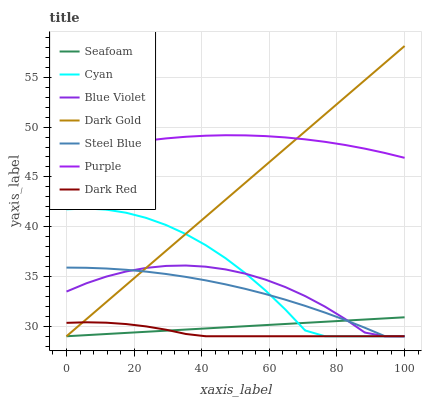
| xaxis_label | Seafoam | Cyan | Blue Violet | Dark Gold | Steel Blue | Purple | Dark Red |
 | --- | --- | --- | --- | --- | --- | --- | --- |
 | 0 | 29 | 41.7 | 33.5 | 29 | 35.9 | 47.1 | 30.3 |
 | 5.88 | 29.1 | 41.8 | 34.3 | 30.7 | 35.9 | 47.6 | 30.4 |
 | 11.8 | 29.2 | 41.7 | 35 | 32.4 | 35.8 | 48 | 30.4 |
 | 17.6 | 29.3 | 41.4 | 35.5 | 34.1 | 35.7 | 48.4 | 30.2 |
 | 23.5 | 29.4 | 40.9 | 35.9 | 35.9 | 35.5 | 48.6 | 30 |
 | 29.4 | 29.6 | 40.2 | 36.1 | 37.6 | 35.3 | 48.9 | 29.7 |
 | 35.3 | 29.7 | 39.3 | 36.1 | 39.3 | 35 | 49 | 29.2 |
 | 41.2 | 29.8 | 38.1 | 36 | 41 | 34.6 | 49.1 | 29 |
 | 47.1 | 29.9 | 36.8 | 35.7 | 42.7 | 34.2 | 49.2 | 29 |
 | 52.9 | 30 | 35.3 | 35.3 | 44.4 | 33.8 | 49.2 | 29 |
 | 58.8 | 30.1 | 33.6 | 34.7 | 46.1 | 33.2 | 49.1 | 29 |
 | 64.7 | 30.2 | 31.7 | 33.9 | 47.9 | 32.7 | 49 | 29 |
 | 70.6 | 30.3 | 29.6 | 33 | 49.6 | 32.1 | 48.8 | 29 |
 | 76.5 | 30.5 | 29 | 32 | 51.3 | 31.4 | 48.5 | 29 |
 | 82.4 | 30.6 | 29 | 30.7 | 53 | 30.6 | 48.2 | 29 |
 | 88.2 | 30.7 | 29 | 29.4 | 54.7 | 29.9 | 47.8 | 29 |
 | 94.1 | 30.8 | 29 | 29 | 56.4 | 29 | 47.4 | 29 |
 | 100 | 30.9 | 29 | 29 | 58.1 | 29 | 46.9 | 29 |